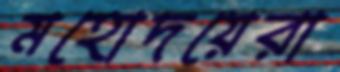
মহোদয়েরা